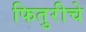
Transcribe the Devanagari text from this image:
फितुरीचे